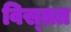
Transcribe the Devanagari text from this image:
विस्म्रत